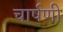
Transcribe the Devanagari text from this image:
चार्षणी